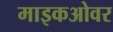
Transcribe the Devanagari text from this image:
माइकओवर